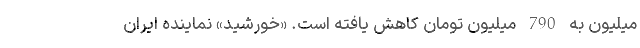
میلیون به 790 میلیون تومان کاهش یافته است. «خورشید» نماینده ایران